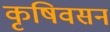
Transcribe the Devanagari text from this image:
कृषिवसन